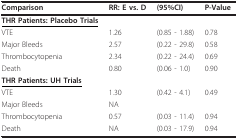
| Comparison | RR: E vs. D | (95%CI) | P-Value |
 | --- | --- | --- | --- |
 | <underline>THR Patients: Placebo Trials</underline> |  |  |  |
 | VTE | 1.26 | (0.85 - 1.88) | 0.78 |
 | Major Bleeds | 2.57 | (0.22 - 29.8) | 0.58 |
 | Thrombocytopenia | 2.34 | (0.22 - 24.4) | 0.69 |
 | Death | 0.80 | (0.06 - 1.0) | 0.90 |
 | <underline>THR Patients: UH Trials</underline> |  |  |  |
 | VTE | 1.30 | (0.42 - 4.1) | 0.49 |
 | Major Bleeds | NA |  |  |
 | Thrombocytopenia | 0.57 | (0.03 - 11.4) | 0.94 |
 | Death | NA | (0.03 - 17.9) | 0.94 |